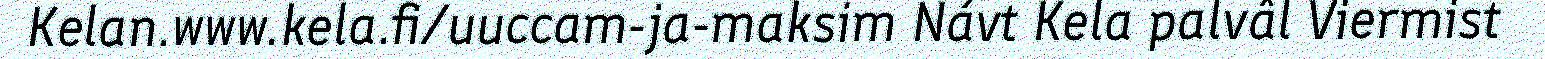
Kelan.www.kela.fi/uuccam-ja-maksim Návt Kela palvâl Viermist